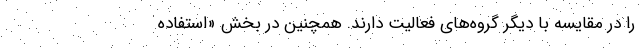
را در مقایسه با دیگر گروه‌های فعالیت دارند. همچنین در بخش «استفاده